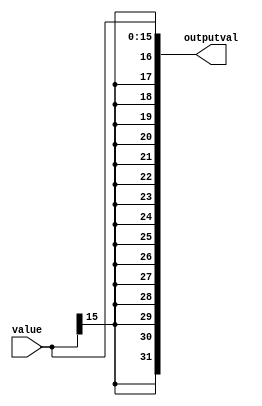
`timescale 1ns / 1ps
//////////////////////////////////////////////////////////////////////////////////
// Company: 
// Engineer: 
// 
// Design Name: 
// Module Name:    signextend 
// Project Name: 
// Target Devices: 
// Tool versions: 
// Description: 
//
// Dependencies: 
//
// Revision: 
// Revision 0.01 - File Created
// Additional Comments: 
//
//////////////////////////////////////////////////////////////////////////////////
module signextend(value,outputval);
	input [15:0]value;
	output [31:0]outputval;
	
	
	assign outputval={{16{value[15]}},value[15:0]};

endmodule